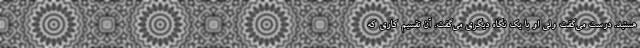
هستید. درست می‌گفت ولی او با یک نگاه دیگری می‌گفت. آن تقسیم کاری که